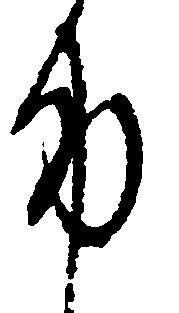
身